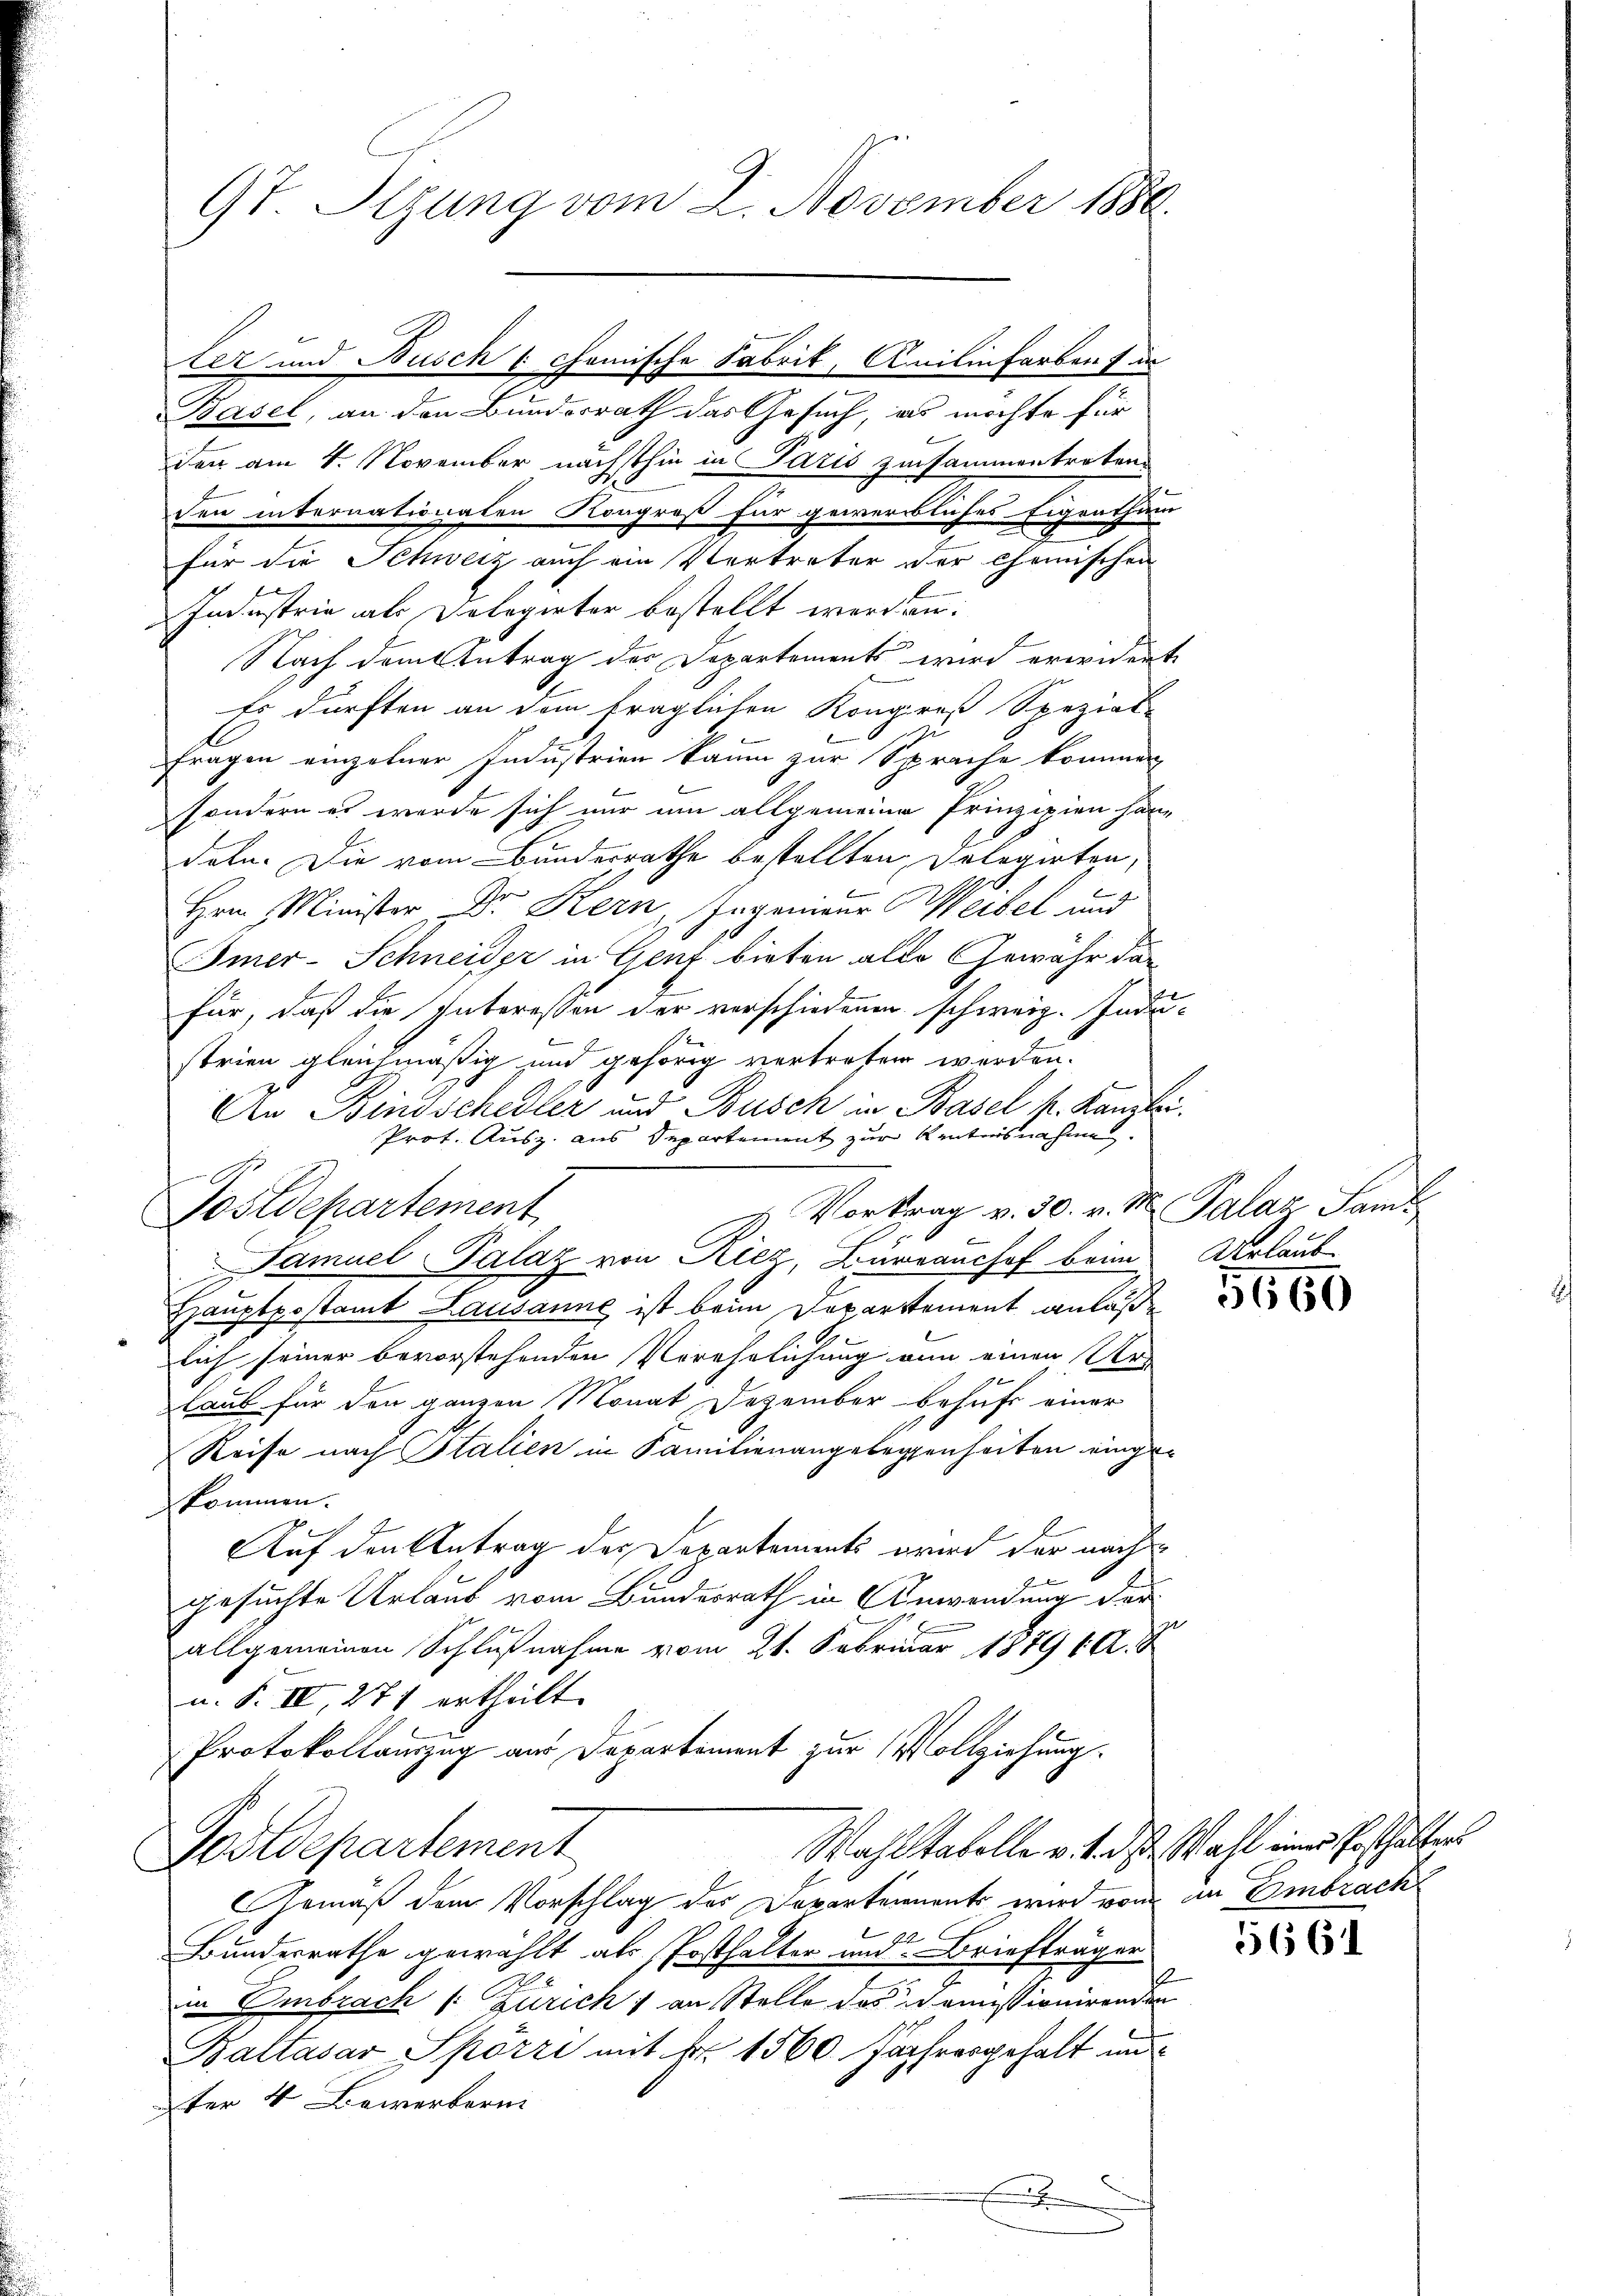
lez und Busch ( chemische Fabrik, Anilinfarben sin
Basel, an den Bundesrath das Gesuch, es möchte für
den am 4. November nächsthin in Paris zusammentreten.
den internationaten Kongreß für gewerbliches Eigenthum
für die Schweiz auch ein Vertreter der Chemischen
f
Industrie als Delegirter bestellt werden.
Nach dem Antrag der Departements wird erwider-
Es dürften an dem fraglichen Kongreß Spezial-
1
Fragen einzelner Industrien kaum zur Sprache kommen
sondern es werde sich nur um allgemeine Prinzipien han-
deln. Die vom Bunderrathe bestellten Delegirten,
Hrn. Minister Dr. Kern, Ingenieur Weibel und
Imer-Schneider in Genf bieten alle Gewähr dar
für, daß die Interessen der verschiedenen schweiz. Indu-
c
strien gleichmäßig und gehörig vertreten werden.
An Bindschedler und Busch in Basel k. Kanzlei
Prot. Ausz. aus Separtement zur Wintersnahme.
7
Vortrag v. 30. v. M. Palaz Samb
Postdepartement
Samuel Palaz von Riez, Burranchof beim
Hauptpostamt Lausanne ist beim Departement anlaße
lich seiner bevorstehenden Verehelichung von einen Ur-
laub für den ganzen Monat Dezember behufs einer
Reise nach Italien in Familienangelegenheiten eingezkommen.
Auf den Antrag des Departements wird der nach
gesuchte Urlaub vom Bundesrath in Anwendung der
allgemeinen Schlußnahme vom 21. Februar 187960.
u. S. IV, 271 ertheilt.
Protokollauszug aus Departement zur Vollziehung.
Wahl tabelle v. 1. das Wahl eines Ersthalters
Postdepartement
Gemäß dem Vorschlag des Departements wird von an Embrach
t
Bundesrathe gewählt als Posthalter und Briefträger
in Embrach /: Zürich) an Stelle des in einistionirenden
Baltasar Spörri mit Nr. 1560 Jahresgehalt un
ter 4 Bewerberni

9t. Stzung vom 2. November 1880.

u

Urlaub

5660

5661